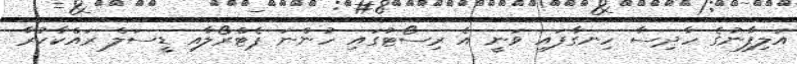
އަލިފާނުގެ ހާދިސާ ހިނގާފައި ވަނީ އެ ރިސޯޓުގައި ހުންނަ ޕެޓްރޯލާއި ޑީސަލް ރައްކާކުރާ